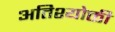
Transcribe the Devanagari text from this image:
अतिश्योक्ती